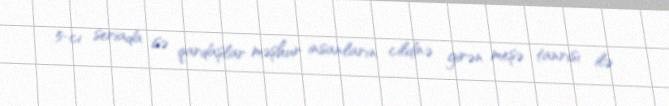
5-ci seriada isə qardaşlar məşhur insanların cildinə girən meşə tanrısı ilə